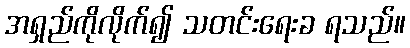
အရှည်ကိုလိုက်၍ သတင်းရေးခ ရသည်။